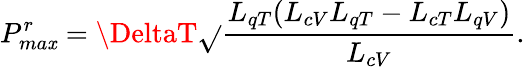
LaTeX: P_{ma\mathit{x}}^{r}=\DeltaT\sqrt{}{{\frac{{L_{qT}(L_{cV}L_{qT}-L_{cT}L_{qV})}}{{L_{cV}}}}}.